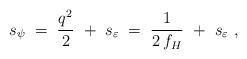
LaTeX: \begin{align*}s_\psi \;=\; \frac{q^2}{2}~+~s_\varepsilon \;=\; \frac{1}{2\,f_H}~+~s_\varepsilon~, \end{align*}